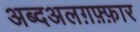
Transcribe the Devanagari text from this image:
अब्दअलग़फ़्फ़ार